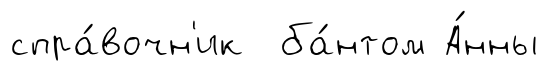
спра́вочн'ик ба́нтом А́нны